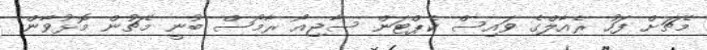
މެޗަށް ފަހު ރެއާލްގެ ވައިސް ކެޕްޓަން ސާޖިއޯ ރާމޯސް ބުނީ މެޗުން މޮޅުވާން